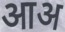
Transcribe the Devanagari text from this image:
आअ